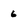
Character: 6